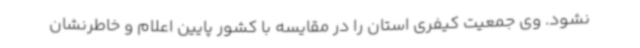
نشود. وی جمعیت کیفری استان را در مقایسه با کشور پایین اعلام و خاطرنشان